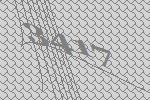
3417